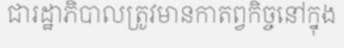
ជារដ្ឋាភិបាលត្រូវមានកាតព្វកិច្ចនៅក្នុង